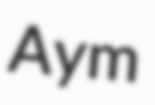
Aym